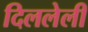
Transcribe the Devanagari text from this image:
दिललेली